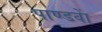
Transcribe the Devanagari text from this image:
पाण्डवाें